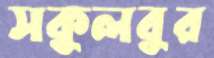
সকুলবুর